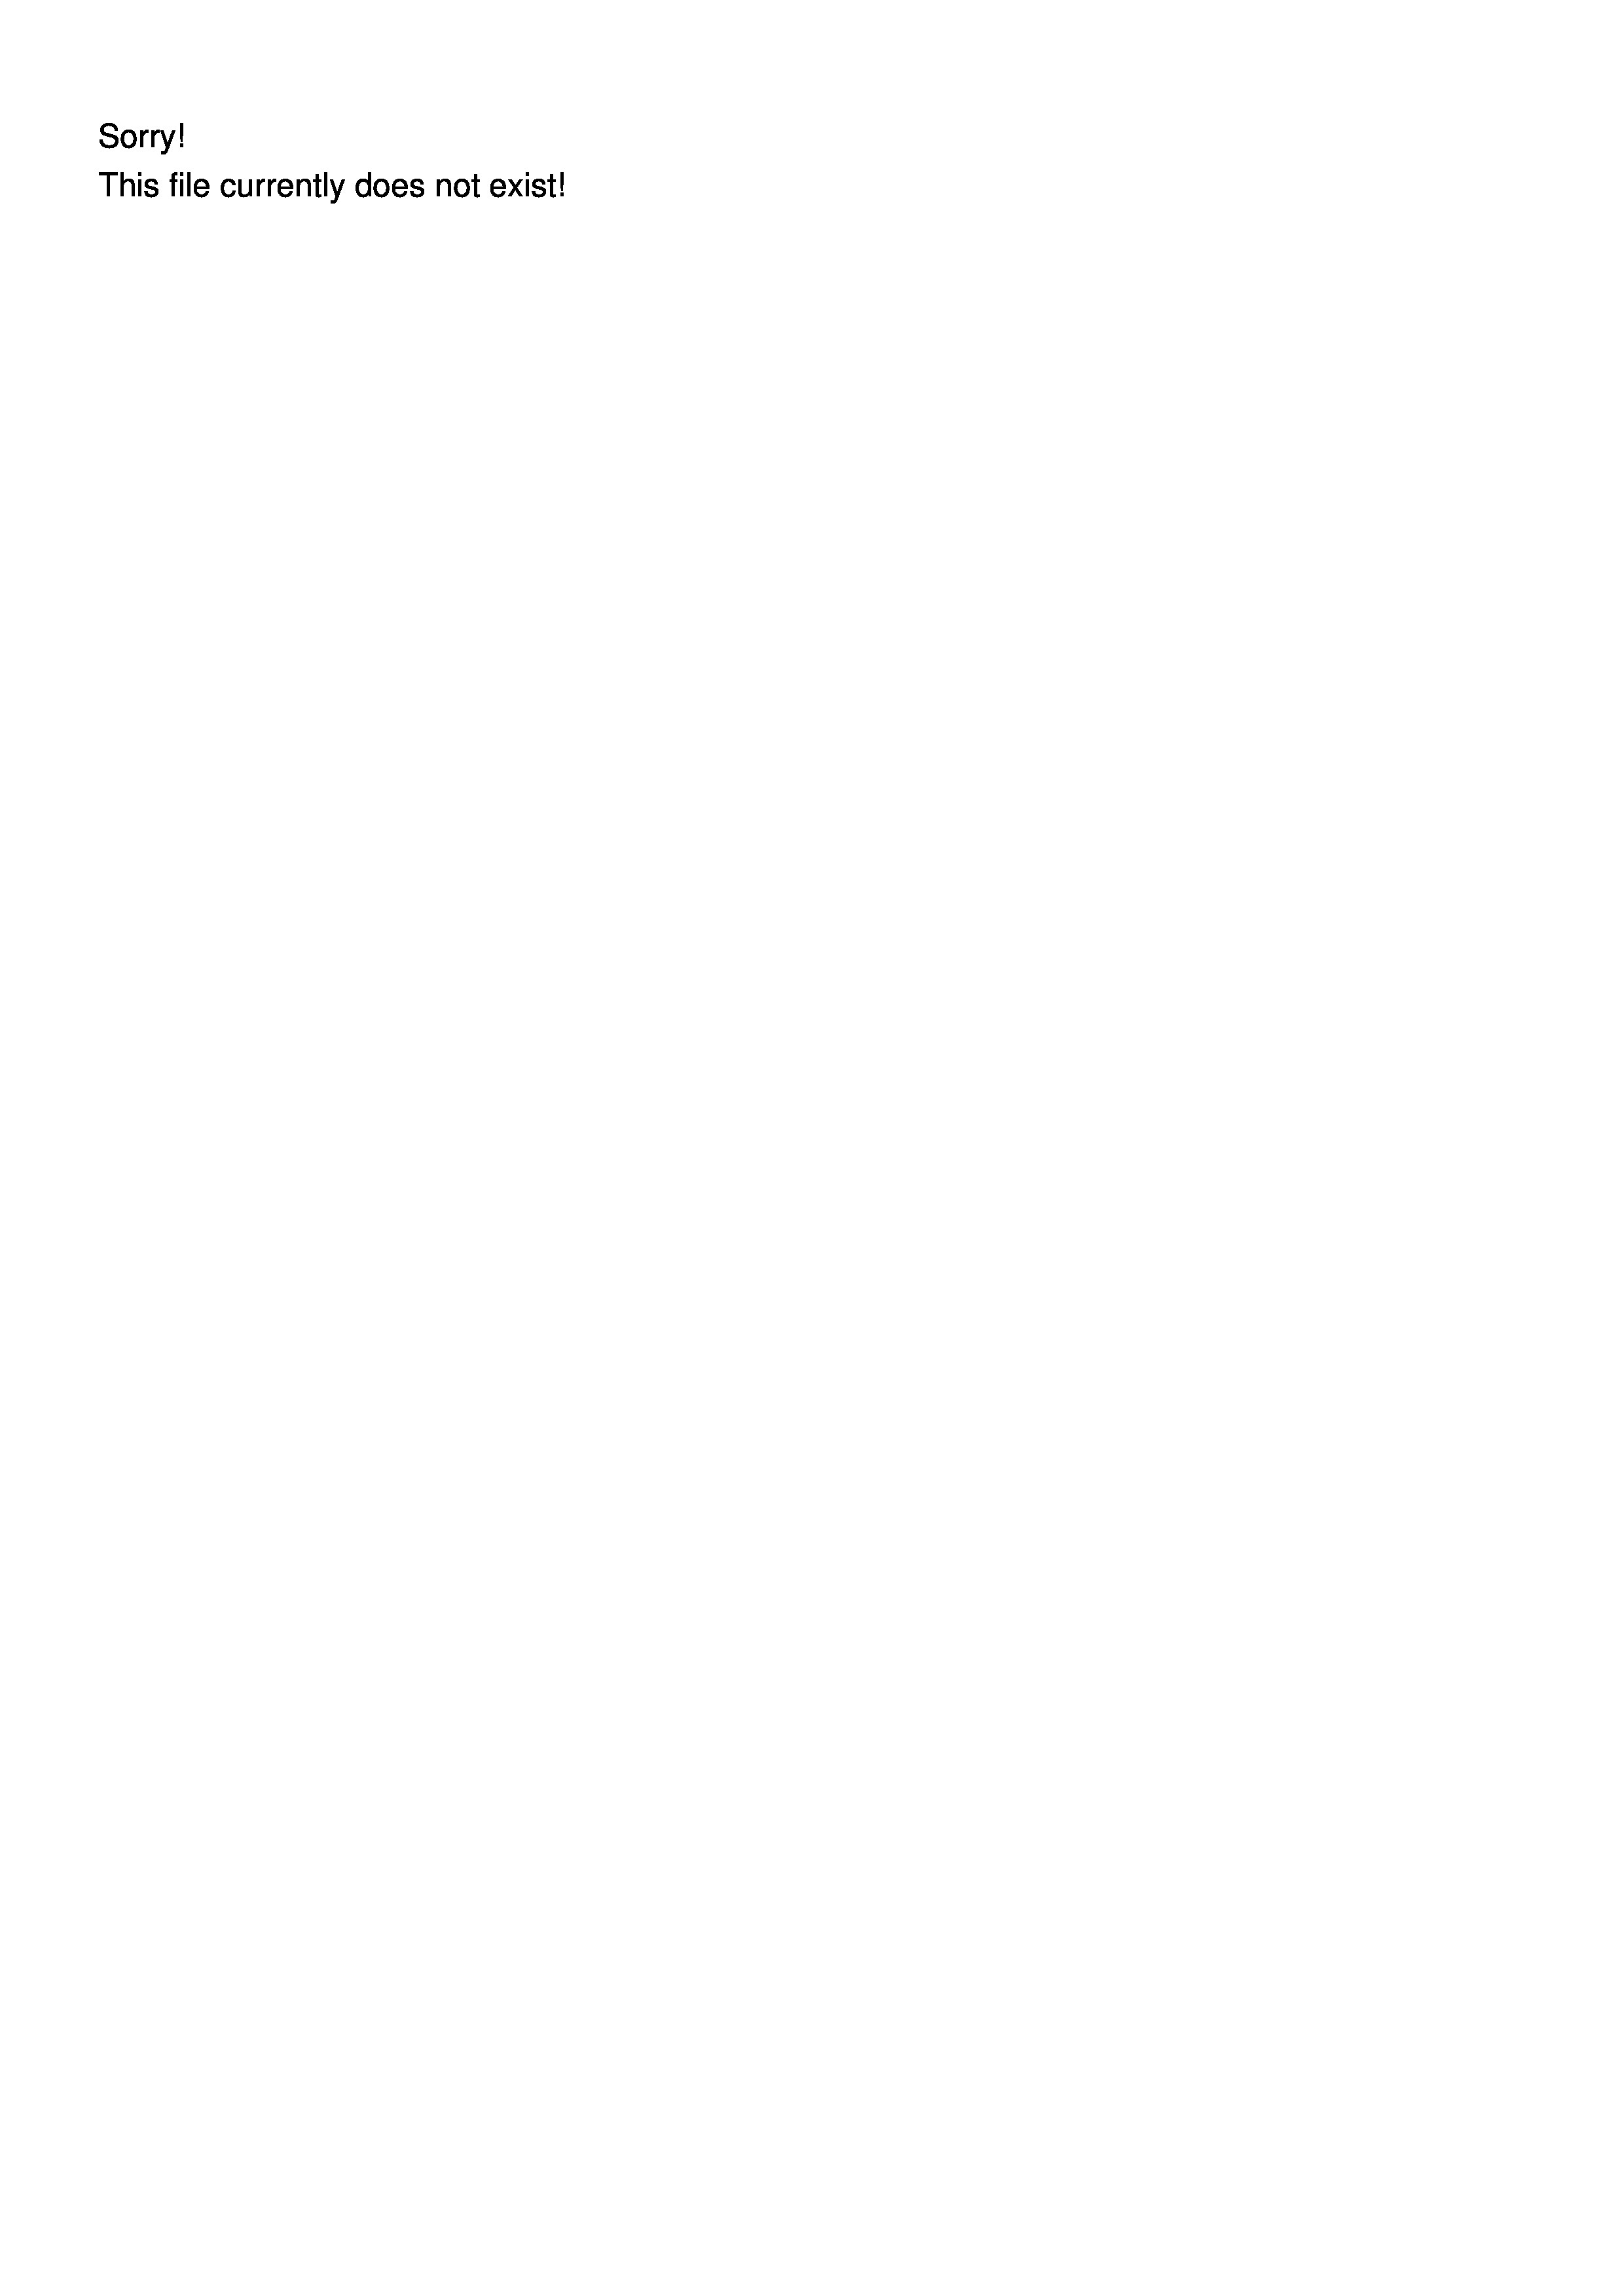
Sorry.

2
his file currently does not exist!